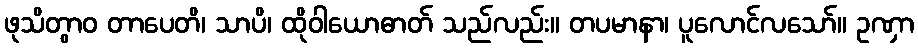
ဖုသိတွာဝ တာပေတိ၊ သာပိ၊ ထိုဝါယောဓာတ် သည်လည်း။ တပမာနာ၊ ပူလောင်လသော်။ ဥဏှာ